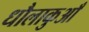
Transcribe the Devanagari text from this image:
धौलाकुआँ